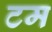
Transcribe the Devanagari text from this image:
टम